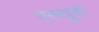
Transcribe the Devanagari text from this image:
एसयुवी